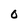
Character: 0